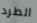
الطرد